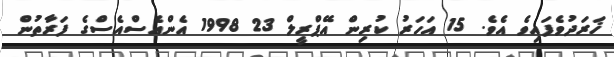
ޚަރަދުވެފައިވެ އެވެ. 15 އަހަރު ކުރިން އޭޕްރީލް 23 1998 އެންއެސްއެސްގެ ފަރާތުން